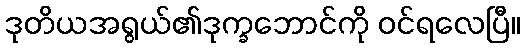
ဒုတိယအရွယ်၏ဒုက္ခဘောင်ကို ဝင်ရလေပြီ။